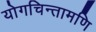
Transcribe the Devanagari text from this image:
योगचिन्तामणि